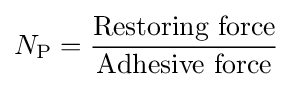
N_{\mathrm {P} }={\frac {\text{Restoring force}}{\text{Adhesive force}}}